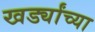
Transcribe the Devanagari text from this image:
खर्ड्यांच्या